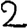
Digit: 2